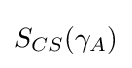
S_{CS}(\gamma _{A})